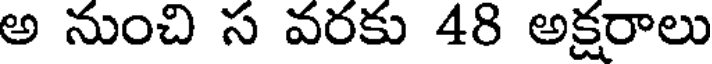
అ నుంచి స వరకు 48 అక్షరాలు